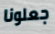
جعلونا